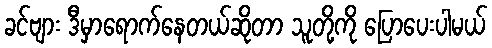
ခင်ဗျား ဒီမှာရောက်နေတယ်ဆိုတာ သူတို့ကို ပြောပေးပါမယ်